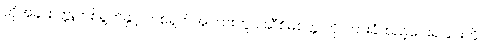
ထိုအခါ စက္ကူတစ်ရွက်နှင့် တစ်ရွက်အကြားတွင် ဆီစိမ်စက္ကူကို ကြားခံထည့်ပေးရခြင်းကို